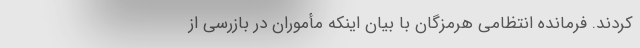
کردند. فرمانده انتظامی هرمزگان با بیان اینکه مأموران در بازرسی از